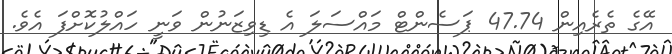
އޭގެ ތެރެއިން 47.74 ޕަސެންޓް މައްސަލަ އެ ޑިވިޒަނުން ވަނީ ހައްލުކޮށްފަ އެވެ.